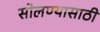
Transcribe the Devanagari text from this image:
सोलण्यासाठी